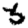
Digit: 3